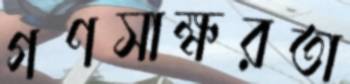
গণসাক্ষরতা